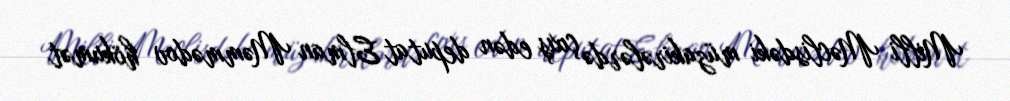
Milli Məclisdəki müzakirələrdə çıxış edən deputat Elman Məmmədov hökumət